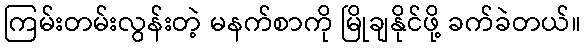
ကြမ်းတမ်းလွန်းတဲ့ မနက်စာကို မြိုချနိုင်ဖို့ ခက်ခဲတယ်။